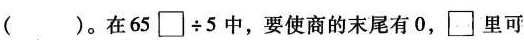
()。在$$6 5 \Box ÷ 5$$中，要使商的末尾有0，\Box 里可